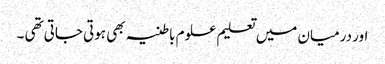
اور درمیان میں تعلیم علوم باطنیہ بھی ہوتی جاتی تھی ۔